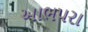
આભપરા